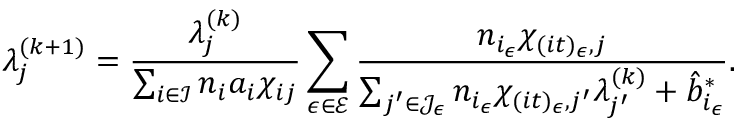
\lambda _ { j } ^ { ( k + 1 ) } = \frac { \lambda _ { j } ^ { ( k ) } } { \sum _ { i \in \mathcal { I } } { n _ { i } a _ { i } \chi _ { i j } } } \sum _ { \epsilon \in \mathcal { E } } { \frac { n _ { i _ { \epsilon } } \chi _ { ( i t ) _ { \epsilon } , j } } { \sum _ { j ^ { \prime } \in \mathcal { J } _ { \epsilon } } n _ { i _ { \epsilon } } \chi _ { ( i t ) _ { \epsilon } , j ^ { \prime } } \lambda _ { j ^ { \prime } } ^ { ( k ) } + \hat { b } _ { i _ { \epsilon } } ^ { * } } } .